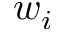
w _ { i }